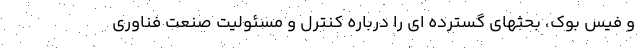
و فیس بوک، بحثهای گسترده ای را درباره کنترل و مسئولیت صنعت فناوری